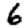
Digit: 6